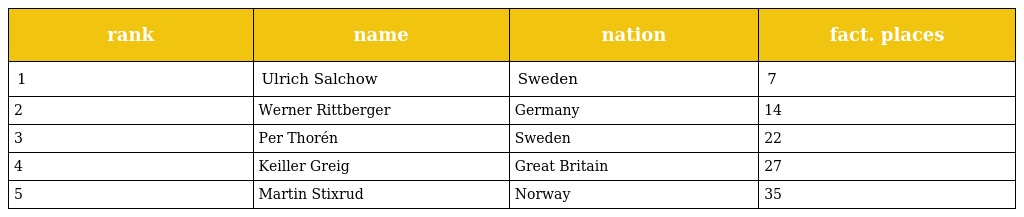
| rank | name | nation | fact. places |
 | --- | --- | --- | --- |
 | 1 | Ulrich Salchow | Sweden | 7 |
 | 2 | Werner Rittberger | Germany | 14 |
 | 3 | Per Thorén | Sweden | 22 |
 | 4 | Keiller Greig | Great Britain | 27 |
 | 5 | Martin Stixrud | Norway | 35 |